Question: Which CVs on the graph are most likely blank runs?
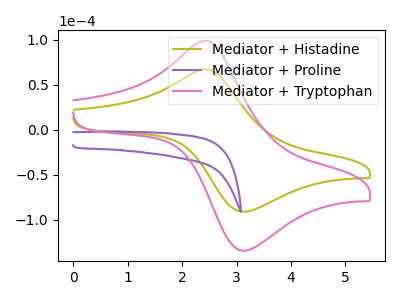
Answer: <think>The olive curve "Mediator + Histadine" has an anodic peak at (2.45V, 66.95uA) and a cathodic peak at (3.10V, -91.00uA). The purple curve "Mediator + Proline" has no peaks. The pink curve "Mediator + Tryptophan" has an anodic peak at (2.45V, 98.80uA) and a cathodic peak at (3.10V, -134.25uA).</think>
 <answer>"Mediator + Proline" is likely to be a blank.</answer>
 <eval>Mediator + Proline</eval>